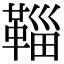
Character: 𩋝